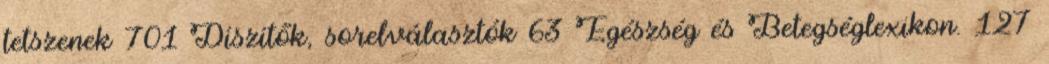
tetszenek 701 Díszítők, sorelválasztók 63 Egészség és Betegséglexikon. 127